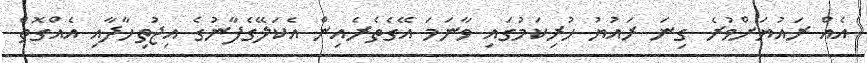
އެއް ރައުޔަށްވުރެ ގިނަ ރައުޔު ހުރިކަމުގައި ވާނަމަ އޭގެތެރެއިން އެކަލޭގެފާނުގެ އިޖުތިހާދާއި އެއްގޮތް